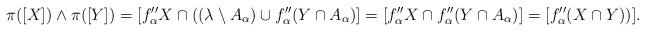
LaTeX: \begin{align*} \pi([X])\wedge \pi([Y])= [f_\alpha'' X\cap ((\lambda\setminus A_\alpha)\cup f_\alpha''(Y\cap A_\alpha)] = [f_\alpha'' X \cap f''_\alpha(Y\cap A_\alpha)]= [f_\alpha'' (X\cap Y))].\end{align*}